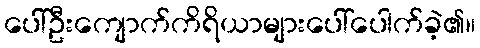
ပေါ်ဦးကျောက်ကိရိယာများပေါ်ပေါက်ခဲ့၏။